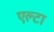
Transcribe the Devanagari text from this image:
एल्टा